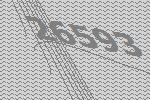
26593